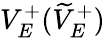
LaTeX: V_{E}^{+}(\widetilde{V}_{E}^{+})